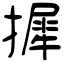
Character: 摨